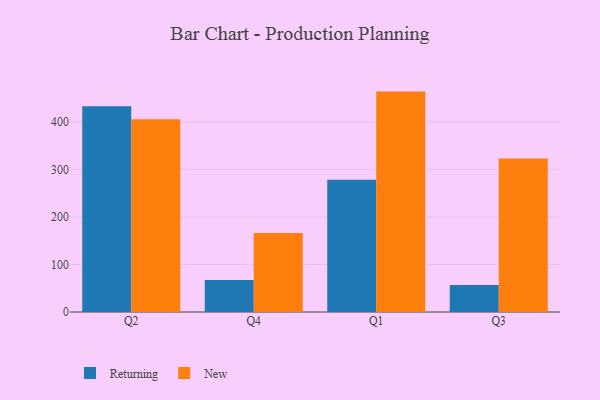
{"axis": {"x": "Quarter", "y": "Satisfaction Score"}, "legend": ["New", "Returning"], "data": [{"x": "Q2", "y": 433.0, "type": "Returning"}, {"x": "Q2", "y": 405.7, "type": "New"}, {"x": "Q4", "y": 67.5, "type": "Returning"}, {"x": "Q4", "y": 166.4, "type": "New"}, {"x": "Q1", "y": 278.5, "type": "Returning"}, {"x": "Q1", "y": 463.7, "type": "New"}, {"x": "Q3", "y": 56.6, "type": "Returning"}, {"x": "Q3", "y": 322.9, "type": "New"}]}